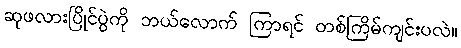
ဆုဖလားပြိုင်ပွဲကို ဘယ်လောက် ကြာရင် တစ်ကြိမ်ကျင်းပလဲ။